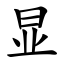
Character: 显